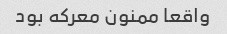
واقعا ممنون معرکه بود